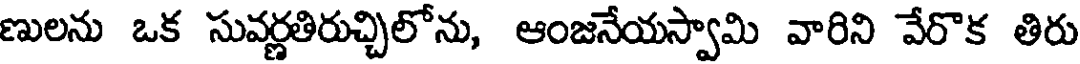
ణులను ఒక సువర్ణతిరుచ్చిలోను, ఆంజనేయస్వామి వారిని వేరొక తిరు